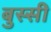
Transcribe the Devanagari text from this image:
बुस्सी